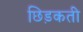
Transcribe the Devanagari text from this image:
छिड़कती